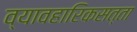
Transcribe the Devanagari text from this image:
व्यावहारिकसत्ता